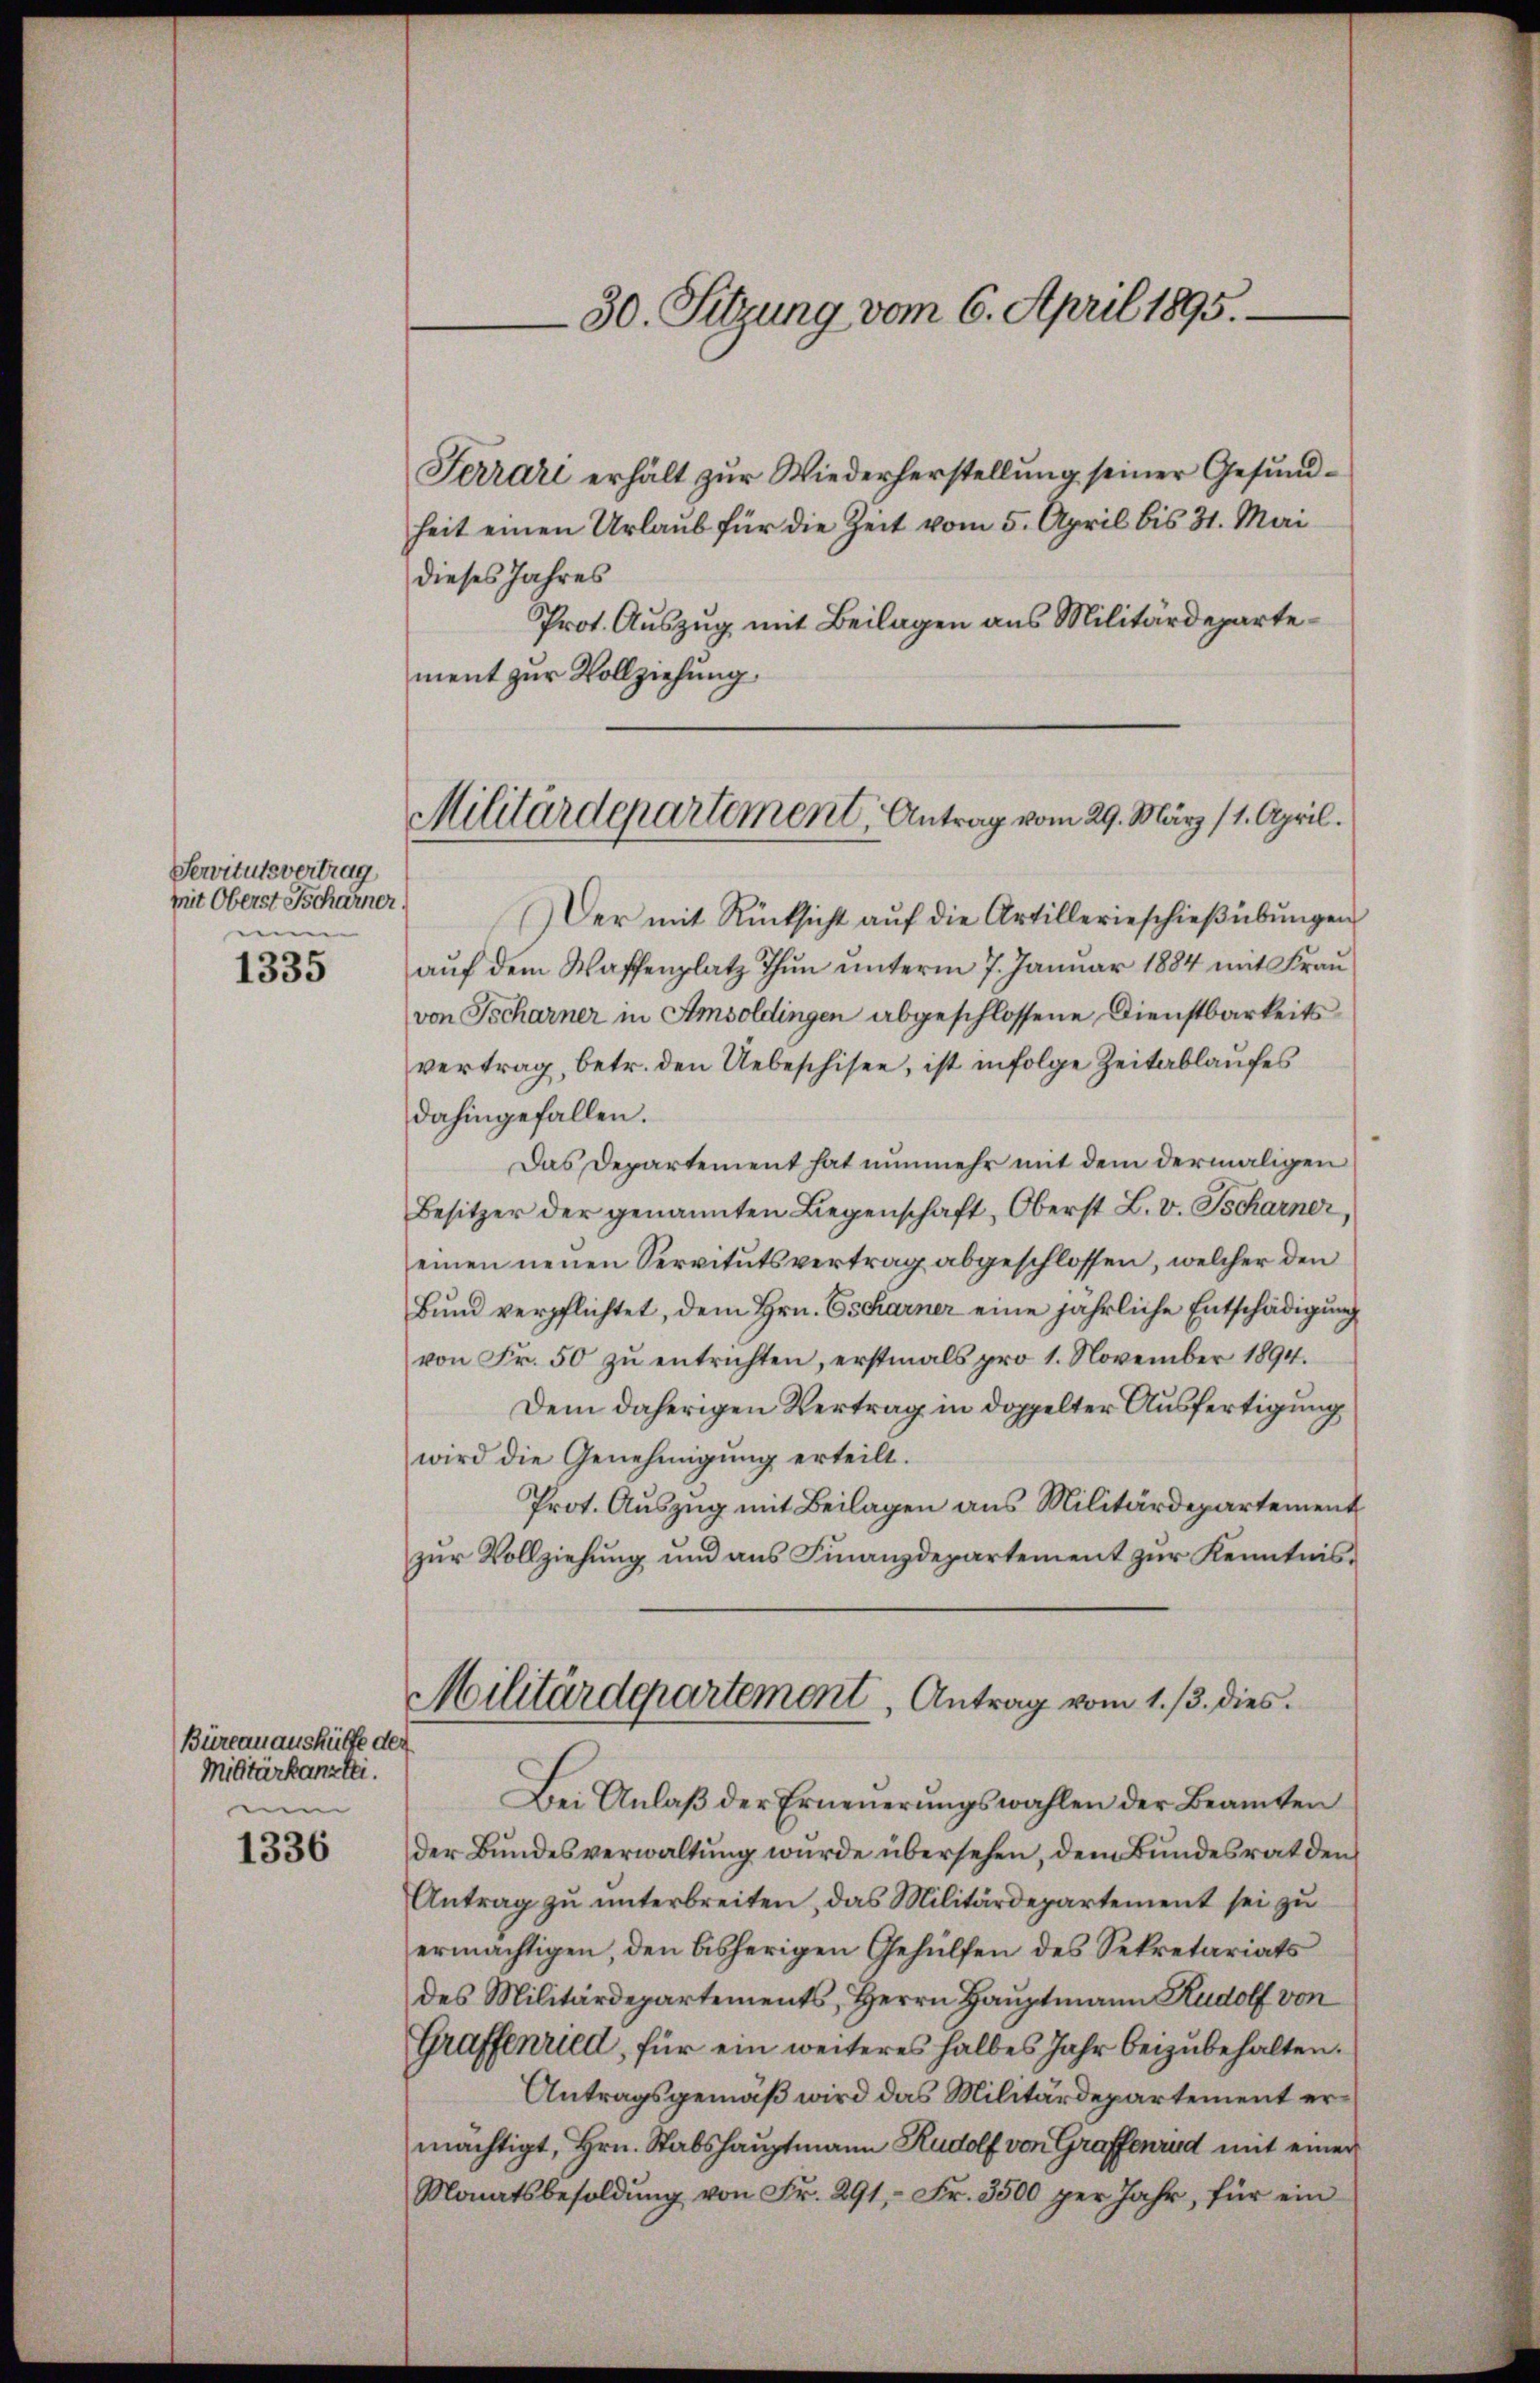
Servitutsvertrag
mit Oberst Tscharner.
ui
1335

Büreau aushülfe der
Militärkanzlei.
me

1336

30. Sitzung vom 6. April 1895.

Terrari erhält zur Wiederherstellung seiner Gesundheit einen Urlaub für die Zeit vom 5. April bis 31. Mai
dieses Jahres
Prot. Auszug mit Beilagen aus Militärdepartement zur Vollziehung.

Militärdepartement, Antrag vom 29. März (1. April.

Der mit Rücksicht auf die Artillerieschießübungen
auf dem Waffenplatz Thun unterm 7. Januar 1884 mit Frau
von Tscharner in Amsoldingen abgeschlossene Dienstbarkeitsvertrag, betr. den Uebeschisen, ist infolge Zeitablaufes
dahingefallen.
Das Departement hat nunmehr mit dem dermaligen
Besitzer der genannten Liegenschaft, Oberst L. v. Tscharner,
einen neuen Servitutsvertrag abgeschlossen, welcher den
Bund verpflichtet, dem Hrn. Escharner eine jährliche Entschädigung
von Fr. 50 zŭ entrichten, erstmals pro 1. November 1894.
Dem daherigen Vertrag in doppelter Ausfertigung
wird die Genehmigŭng erteilt.
Prot. Auszug mit Beilagen aus Militärdepartement
zŭr Vollziehŭng und ans Finanzdepartement zŭr Kenntnis-
Militärdepartement, Antrag vom 1. 13. dies
Bei Anlaβ der Erneŭerŭngswahlen der Beamten
der Bundesverwaltung wurde übersehen, dem Bundesrat den
Antrag zŭ ŭnterbreiten, das Militärdepartement sei zu
ermächtigen, den bisherigen Gehülfen des Sekretariats
des Militärdepartements, Herrn Hauptmann Rudolf von
Graffenried, für ein weiteres halbes Jahr beizubehalten.
Antragsgemäß wird das Militärdepartement ermächtigt, Hrn. Stabshauptmann Rudolf von Graffenrud mit einer
Monatsbesoldŭng von Fr. 291, Fr. 3500 per Jahr, für ein